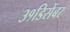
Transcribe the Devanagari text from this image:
३१डिसेंबर